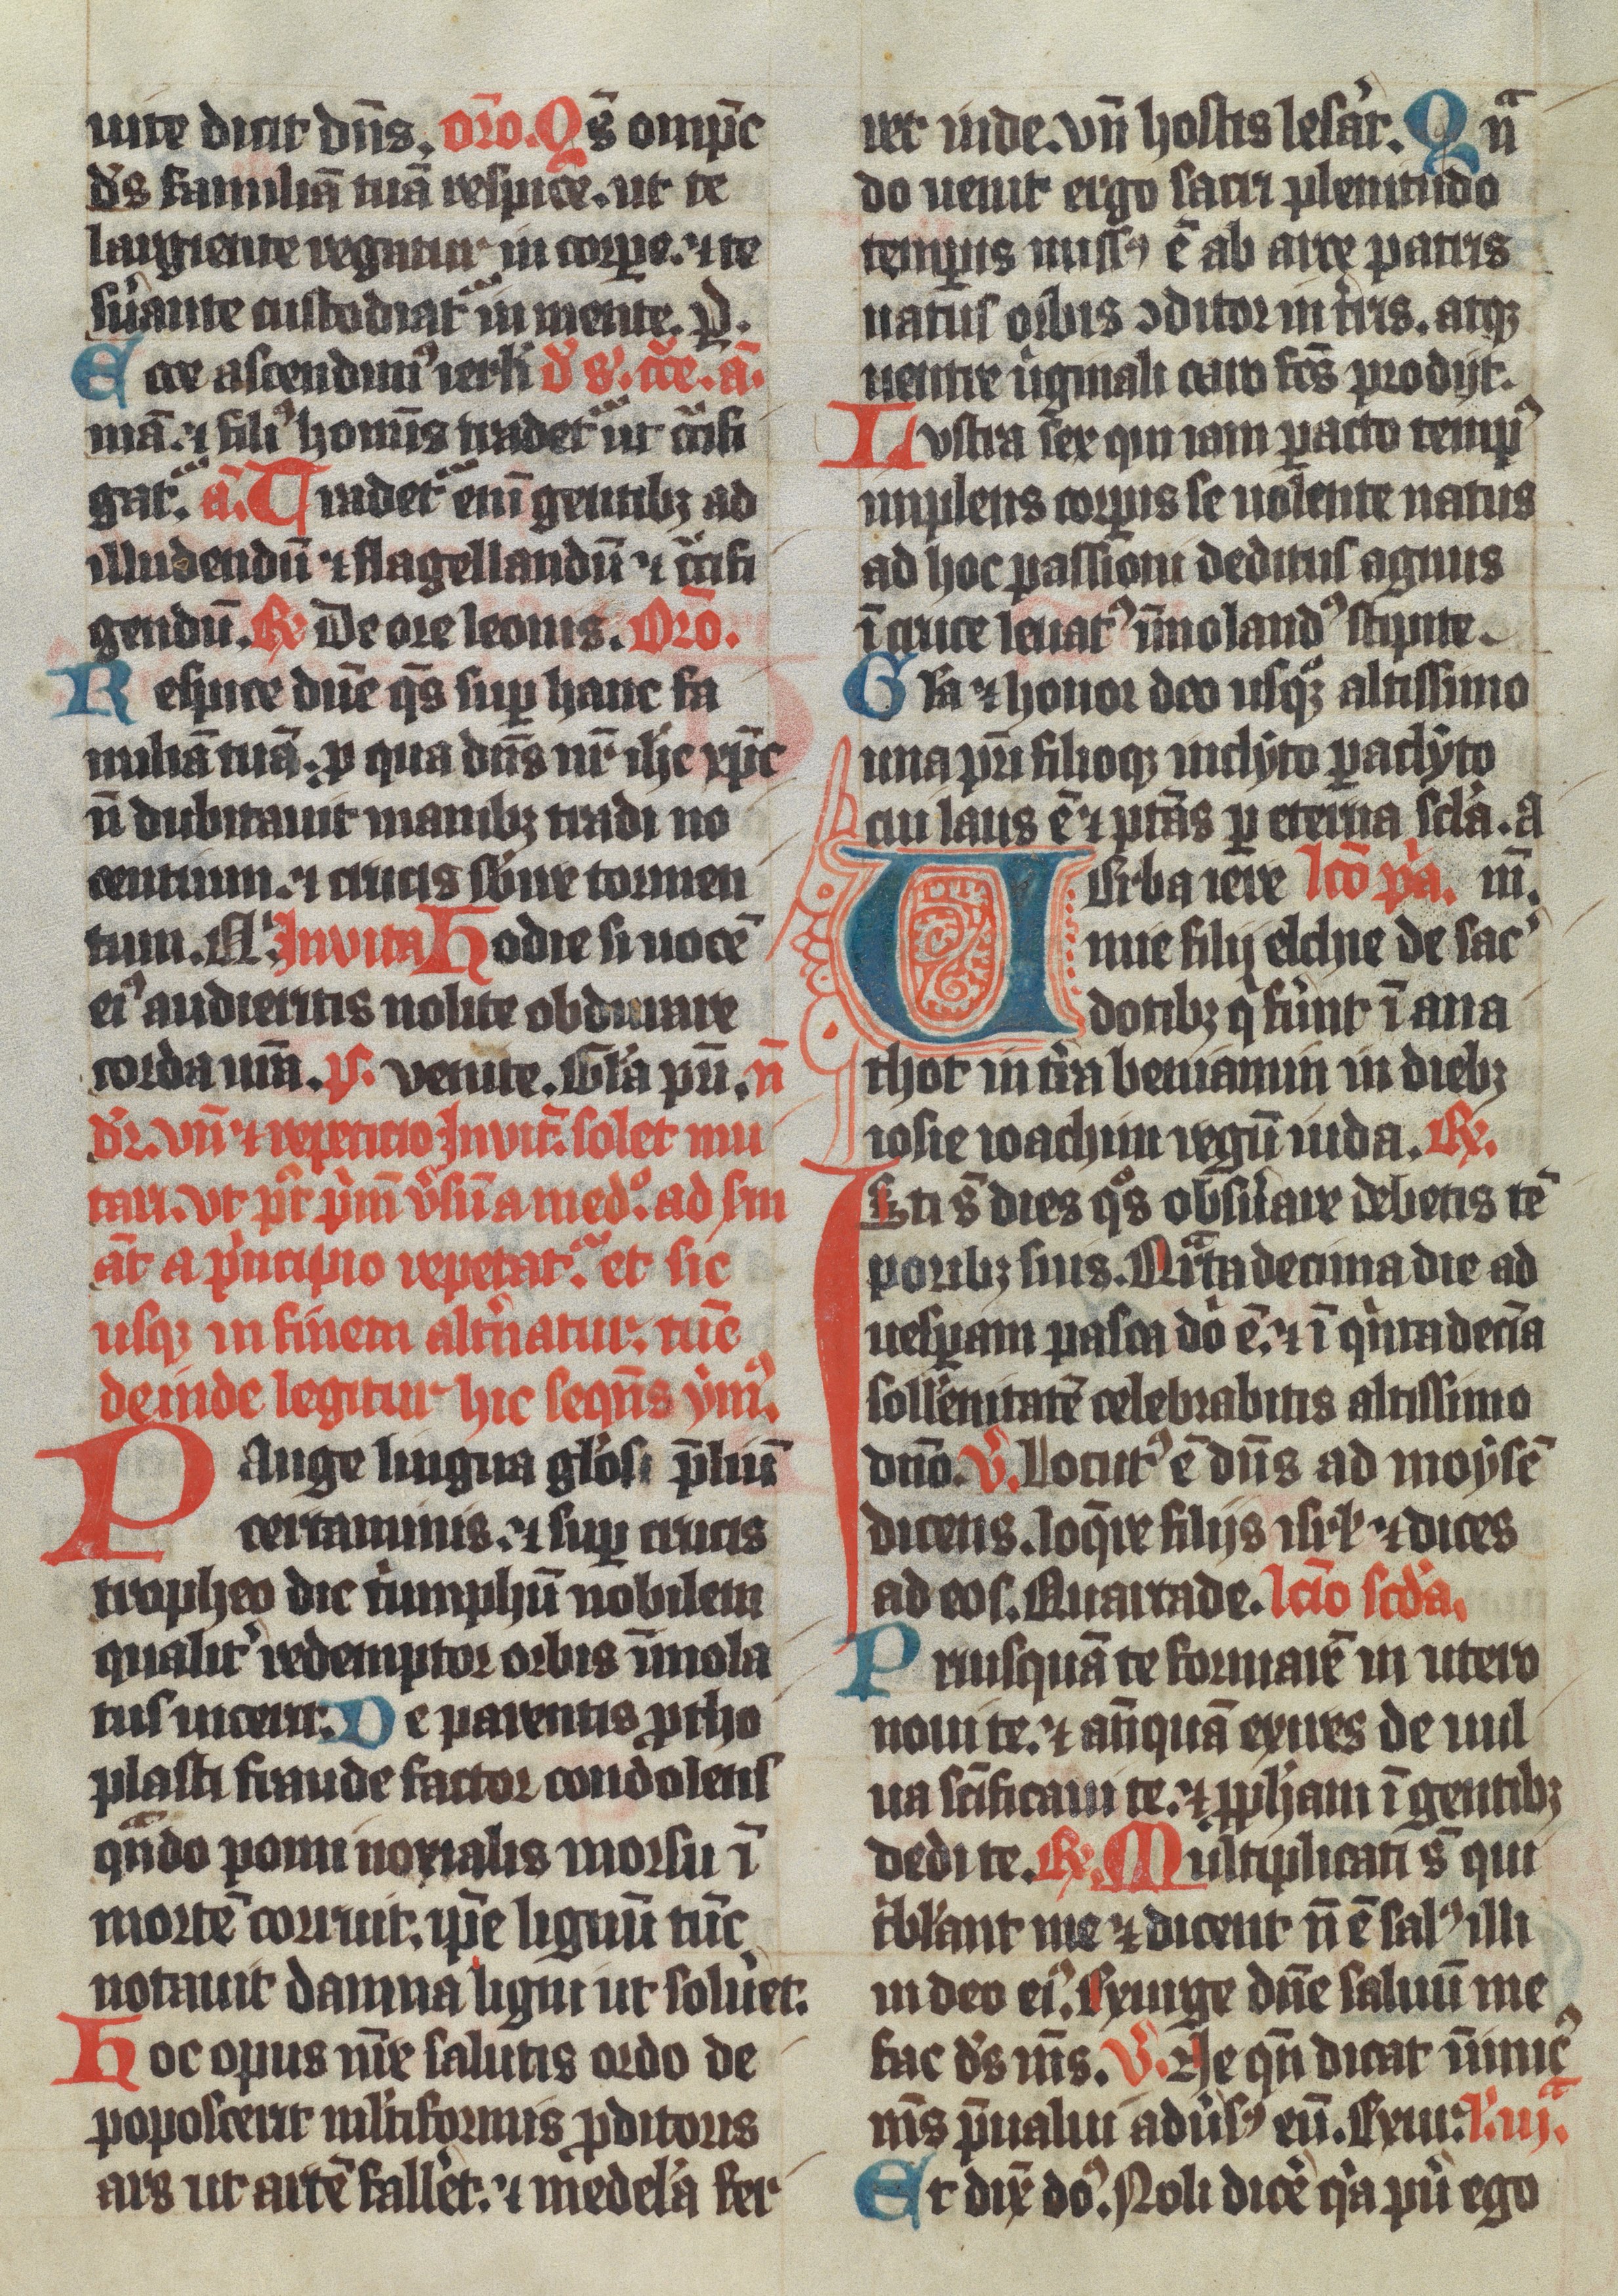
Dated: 1350–1399